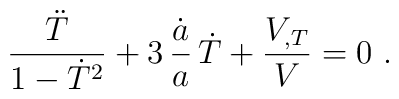
\frac{\ddot T }{1-\dot T^2}+ 3\, \frac{\dot a}{a}\, \dot T+ \frac{V_{,T}}{V} = 0\ .